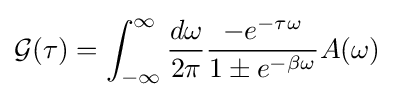
{\mathcal {G}}(\tau )=\int _{-\infty }^{\infty }{\frac {d\omega }{2\pi }}{\frac {-e^{-\tau \omega }}{1\pm e^{-\beta \omega }}}A(\omega )